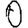
Digit: 0